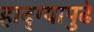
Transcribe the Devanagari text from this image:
हाद्ग्यापुढे